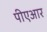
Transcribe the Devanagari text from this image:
पीएआर